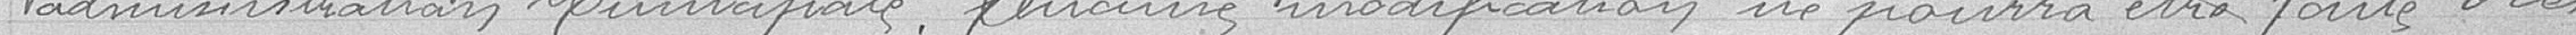
administration municipale. Aucune modification ne pourra être faite sur ces